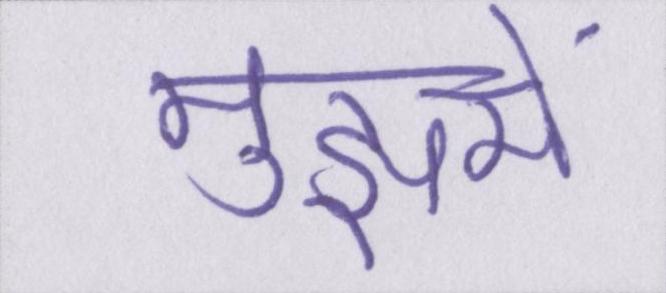
मुझमें